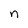
Character: n